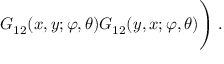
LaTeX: G _ { 1 2 } ( x , y ; \varphi , \theta ) G _ { 1 2 } ( y , x ; \varphi , \theta ) \Bigg ) \; .